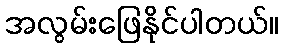
အလွမ်းဖြေနိုင်ပါတယ်။